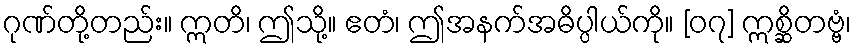
ဂုဏ်တို့တည်း။ ဣတိ၊ ဤသို့။ ဧတံ၊ ဤအနက်အဓိပ္ပါယ်ကို။ [၀၇] ဣစ္ဆိတဗ္ဗံ၊